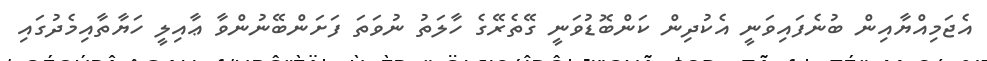
އެޖަމިއްޔާއިން ބުނެފައިވަނީ އެކުދިން ކަންބޮޑުވަނީ ގޭތެރޭގެ ހާލަތު ނުވަތަ ފަށަންބޭނުންވާ ޢާއިލީ ހަޔާތާއިމެދުގައި